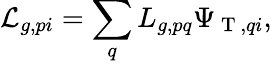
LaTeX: \mathcal{L}_{g,pi}=\sum_{q}L_{g,pq}\Psi_{\mathrm{~T~},qi},